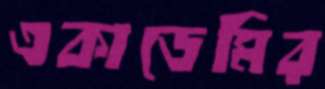
একাডেমির